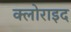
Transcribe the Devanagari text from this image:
क्लोराइद